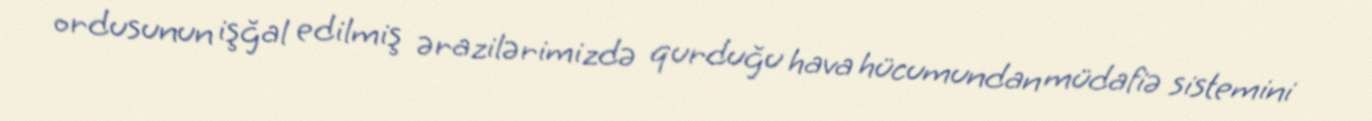
ordusunun işğal edilmiş ərazilərimizdə qurduğu hava hücumundan müdafiə sistemini